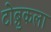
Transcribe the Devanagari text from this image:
टोब्रुकला